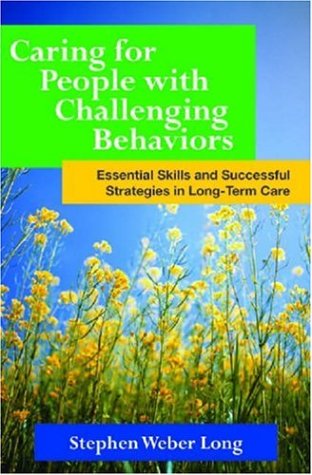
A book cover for Caring for People with Challenging Behaviors: Essential Skills and Successful Strategies for Long-Term Care; Stephen Weber Long; Medical Books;